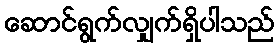
ဆောင်ရွက်လျှက်ရှိပါသည်